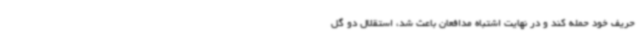
حریف خود حمله کند و در نهایت اشتباه مدافعان باعث شد، استقلال دو گل